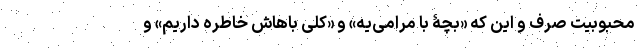
محبوبیت صرف و این که «بچۀ با مرامی‌یه» و «کلی باهاش خاطره داریم» و